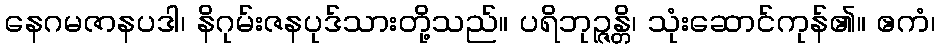
နေဂမဇာနပဒါ၊ နိဂုမ်းဇနပုဒ်သားတို့သည်။ ပရိဘုဉ္ဇန္တိ၊ သုံးဆောင်ကုန်၏။ ဧကံ၊